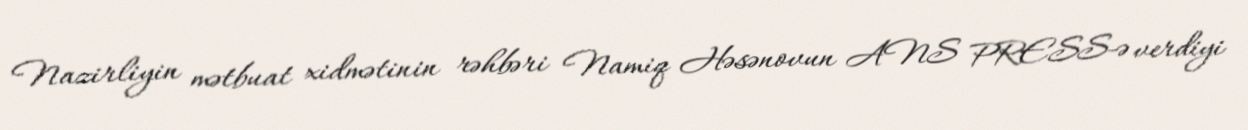
Nazirliyin mətbuat xidmətinin rəhbəri Namiq Həsənovun ANS PRESS-ə verdiyi